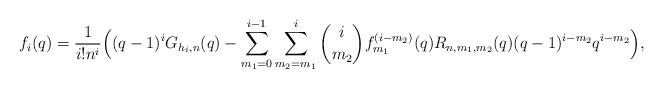
LaTeX: \begin{align*}f_i(q) = \frac{1}{i!n^i} \Big((q-1)^i G_{h_i,n}(q)- \sum_{m_1=0}^{i-1} \sum_{m_2=m_1}^{i} \binom{i}{m_2} f_{m_1}^{(i-m_2)}(q)R_{n,m_1,m_2}(q)(q-1)^{i-m_2}q^{i-m_2}\Big),\end{align*}